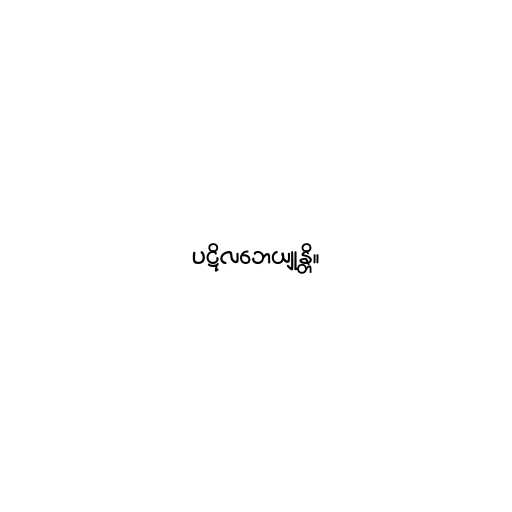
ပဋိလဘေယျုန္တိ။